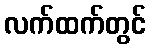
လက်ထက်တွင်